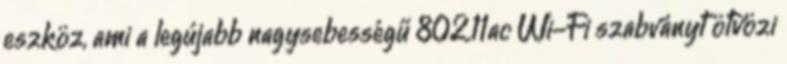
eszköz, ami a legújabb nagysebességű 802.11ac Wi-Fi szabványt ötvözi